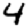
Digit: 4